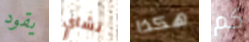
يقود تشاي هكذا كم